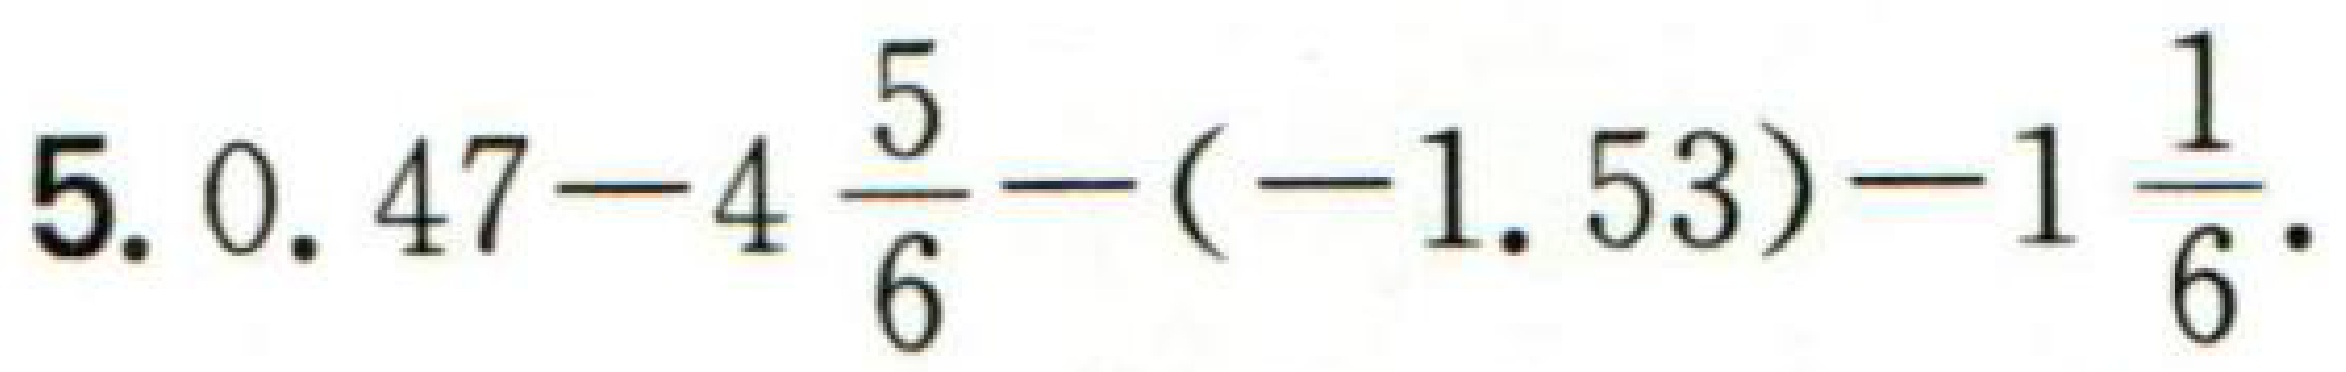
5. \(0.47 - 4\frac{5}{6}-(-1.53)-1\frac{1}{6}\).